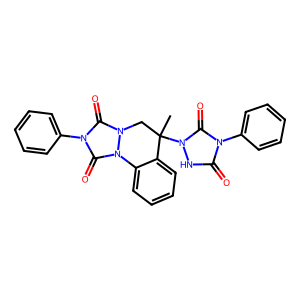
SMILES: CC1(n2[nH]c(=O)n(-c3ccccc3)c2=O)Cn2c(=O)n(-c3ccccc3)c(=O)n2-c2ccccc21
Inhibits HIV replication: No